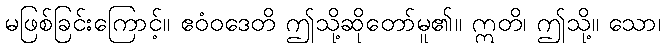
မဖြစ်ခြင်းကြောင့်။ ဧဝံဝဒေတိ ဤသို့ဆိုတော်မူ၏။ ဣတိ၊ ဤသို့။ သော၊